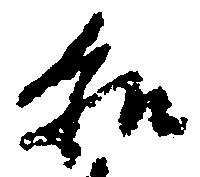
和